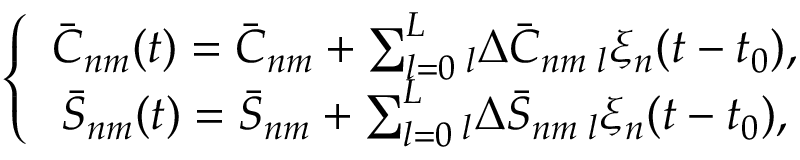
\left\{ \begin{array} { c } { \bar { C } _ { n m } ( t ) = \bar { C } _ { n m } + \sum _ { l = 0 } ^ { L } \phantom { } _ { l } \Delta \bar { C } _ { n m } \, \phantom { } _ { l } \xi _ { n } ( t - t _ { 0 } ) , } \\ { \bar { S } _ { n m } ( t ) = \bar { S } _ { n m } + \sum _ { l = 0 } ^ { L } \phantom { } _ { l } \Delta \bar { S } _ { n m } \, \phantom { } _ { l } \xi _ { n } ( t - t _ { 0 } ) , } \end{array} \right.